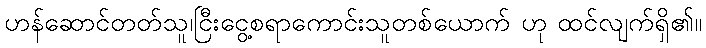
ဟန်ဆောင်တတ်သူ၊ငြီးငွေ့စရာကောင်းသူတစ်ယောက် ဟု ထင်လျက်ရှိ၏။